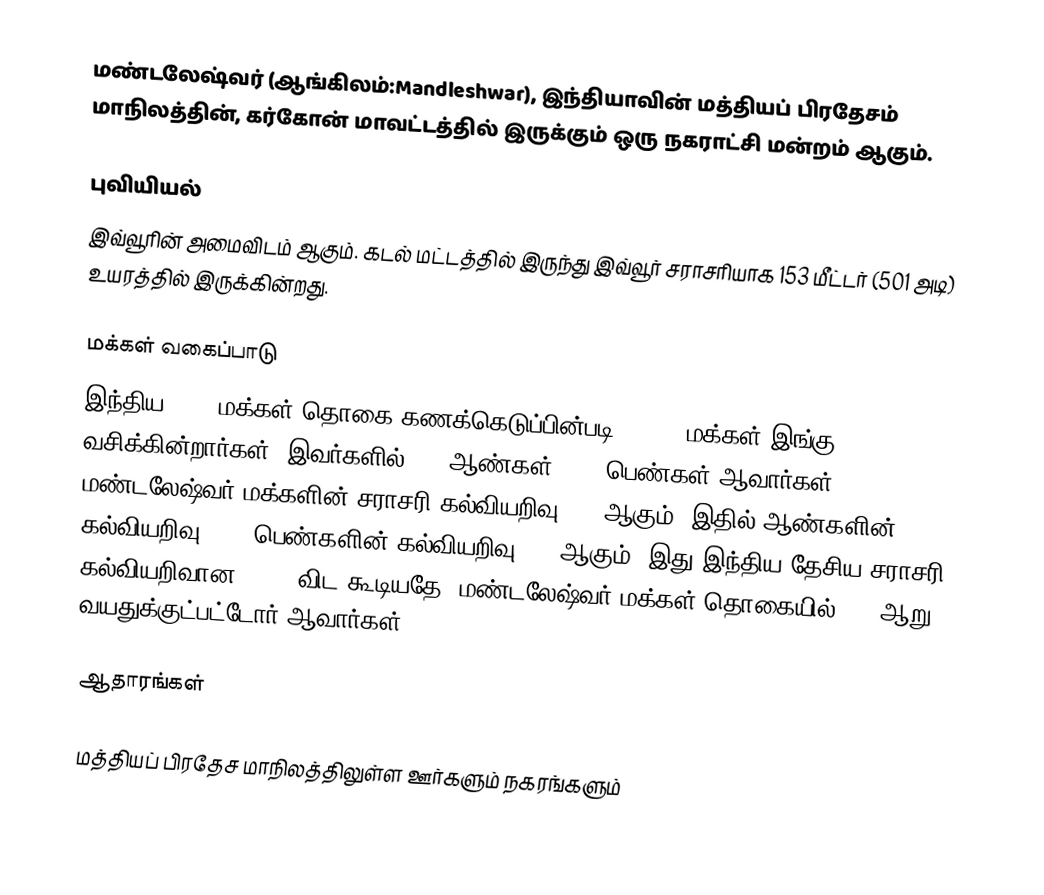
மண்டலேஷ்வர் (ஆங்கிலம்:Mandleshwar), இந்தியாவின் மத்தியப் பிரதேசம் மாநிலத்தின், கர்கோன் மாவட்டத்தில்  இருக்கும் ஒரு நகராட்சி மன்றம் ஆகும்.

புவியியல்
இவ்வூரின் அமைவிடம்  ஆகும். கடல் மட்டத்தில் இருந்து இவ்வூர் சராசரியாக 153 மீட்டர் (501 அடி) உயரத்தில் இருக்கின்றது.

மக்கள் வகைப்பாடு
இந்திய 2001 மக்கள் தொகை கணக்கெடுப்பின்படி 11,345 மக்கள் இங்கு வசிக்கின்றார்கள். இவர்களில் 51% ஆண்கள், 49% பெண்கள் ஆவார்கள். மண்டலேஷ்வர் மக்களின் சராசரி கல்வியறிவு 68% ஆகும்,  இதில் ஆண்களின் கல்வியறிவு 76%,  பெண்களின் கல்வியறிவு 59% ஆகும். இது இந்திய தேசிய சராசரி கல்வியறிவான 59.5% விட கூடியதே. மண்டலேஷ்வர் மக்கள் தொகையில் 14%  ஆறு வயதுக்குட்பட்டோர் ஆவார்கள்.

ஆதாரங்கள்

மத்தியப் பிரதேச மாநிலத்திலுள்ள ஊர்களும் நகரங்களும்